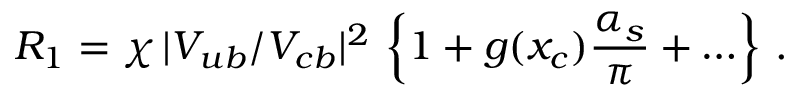
R _ { 1 } = \chi \, | V _ { u b } / V _ { c b } | ^ { 2 } \, \left\{ 1 + g ( x _ { c } ) { \frac { \alpha _ { s } } { \pi } } + \ldots \right\} \, .